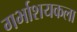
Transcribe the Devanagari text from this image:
गर्भाशयकला